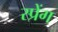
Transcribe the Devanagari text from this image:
स्प्रेंग